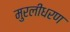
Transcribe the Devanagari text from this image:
मुरलीधरण